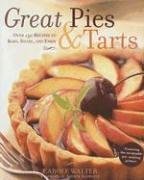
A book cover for Great Pies & Tarts: Over 150 Recipes to Bake, Share, and Enjoy; Carole Walter; Cookbooks, Food & Wine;